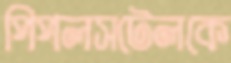
পিপলসটেলকে